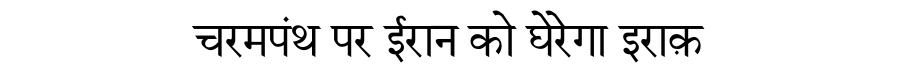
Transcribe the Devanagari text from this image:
चरमपंथ पर ईरान को घेरेगा इराक़